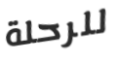
للرحلة